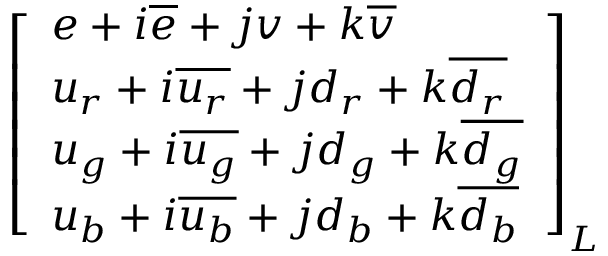
{ \left[ \begin{array} { l } { e + i { \overline { { e } } } + j v + k { \overline { { v } } } } \\ { u _ { r } + i { \overline { { u _ { r } } } } + j d _ { r } + k { \overline { { d _ { r } } } } } \\ { u _ { g } + i { \overline { { u _ { g } } } } + j d _ { g } + k { \overline { { d _ { g } } } } } \\ { u _ { b } + i { \overline { { u _ { b } } } } + j d _ { b } + k { \overline { { d _ { b } } } } } \end{array} \right] } _ { L }